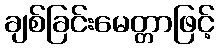
ချစ်ခြင်းမေတ္တာဖြင့်